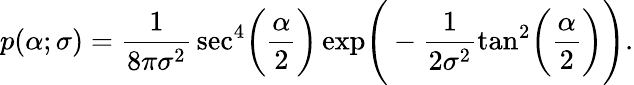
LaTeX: p(\alpha;\sigma)=\frac{1}{8\pi\sigma^{2}}\, \sec^{4}\! \bigg(\frac{\alpha}{2}\bigg)\exp\! \Bigg(-\frac{1}{2\sigma^{2}}\tan^{2}\! \bigg(\frac{\alpha}{2}\bigg)\Bigg).